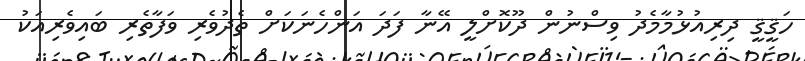
ހަޤީޤީ ދިރިއުޅުމާމެދު ވިސްނުން ދޫކޮށްލީ އޭނާ ފަދަ އަންހެނަކަށް ތެދުވެރި ވަފާތެރި ބައިވެރިއަކު